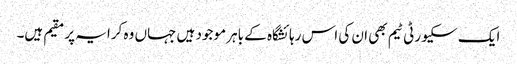
ایک سکیورٹی ٹیم بھی ان کی اس رہائشگاہ کے باہر موجود ہیں جہاں وہ کرایہ پر مقیم ہیں۔